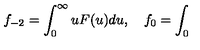
f _ { - 2 } = \int _ { 0 } ^ { \infty } u F ( u ) d u , \quad f _ { 0 } = \int _ { 0 }